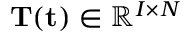
\mathbf { T } ( \mathbf { t } ) \in \mathbb { R } ^ { I \times N }